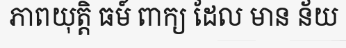
ភាពយុត្តិ ធម៍ ពាក្យ ដែល មាន ន័យ